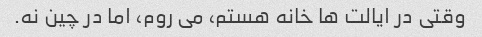
وقتی در ایالت ها خانه هستم، می روم، اما در چین نه.